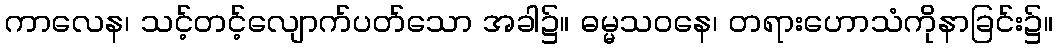
ကာလေန၊ သင့်တင့်လျောက်ပတ်သော အခါ၌။ ဓမ္မသဝနေ၊ တရားဟောသံကိုနာခြင်း၌။